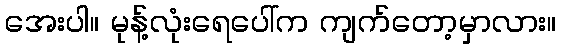
အေးပါ။ မုန့်လုံးရေပေါ်က ကျက်တော့မှာလား။